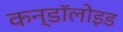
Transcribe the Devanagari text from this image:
कन्डॉलोइड